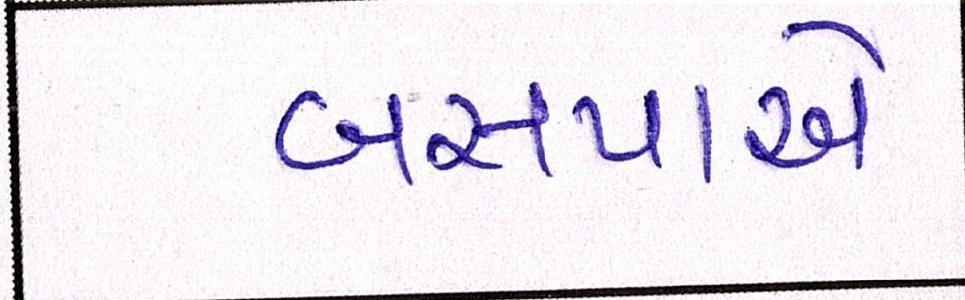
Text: બસપાએ